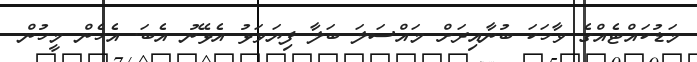
މަޑުކައްޓެއްގެ ވާހަކަ ބުނާއިރަށް މައްސަލަ ބަލާ ފިޔަވަޅު އެޅޭނު އެބަ. އެހެން މީހުން